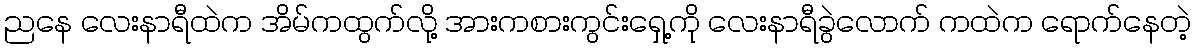
ညနေ လေးနာရီထဲက အိမ်ကထွက်လို့ အားကစားကွင်းရှေ့ကို လေးနာရီခွဲလောက် ကထဲက ရောက်နေတဲ့